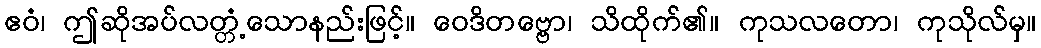
ဧဝံ၊ ဤဆိုအပ်လတ္တံ့သောနည်းဖြင့်။ ဝေဒိတဗ္ဗော၊ သိထိုက်၏။ ကုသလတော၊ ကုသိုလ်မှ။